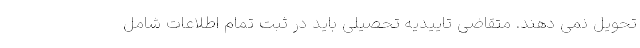
تحویل نمی دهند. متقاضی تاییدیه تحصیلی باید در ثبت تمام اطلاعات شامل